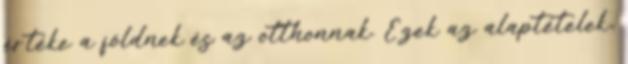
értéke a földnek és az otthonnak. Ezek az alaptételek,